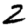
Digit: 2